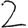
Digit: 2